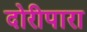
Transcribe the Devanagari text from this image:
दोरीपारा